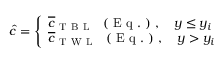
\hat { c } = \left\{ \begin{array} { l l } { \overline { { c } } _ { \mathrm { ~ T ~ B ~ L ~ } } \, \, \mathrm { ~ ( ~ E ~ q ~ . ~ ) ~ } , \quad y \leq y _ { i } } \\ { \overline { { c } } _ { \mathrm { ~ T ~ W ~ L ~ } } \, \, \mathrm { ~ ( ~ E ~ q ~ . ~ ) ~ } , \quad y > y _ { i } } \end{array} \right.